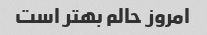
امروز حالم بهتر است